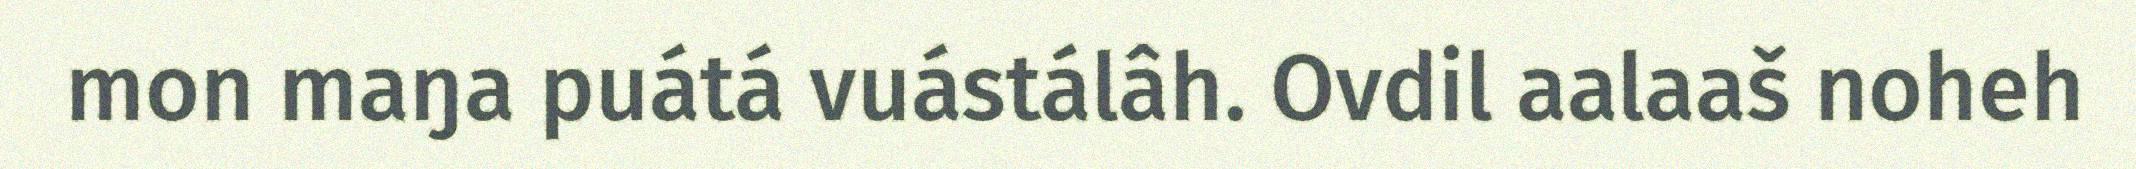
mon maŋa puátá vuástálâh. Ovdil aalaaš noheh